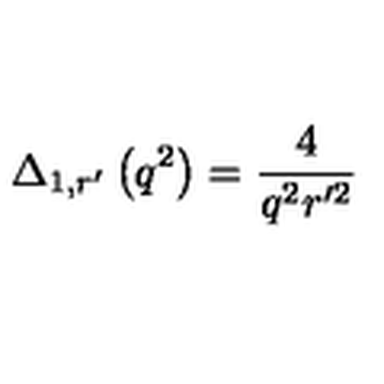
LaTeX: \Delta _ { 1 , r ^ { \prime } } \left( q ^ { 2 } \right) = \frac { 4 } { q ^ { 2 } r ^ { \prime 2 } }